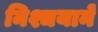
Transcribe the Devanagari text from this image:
निश्चयानें